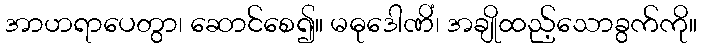
အာဟရာပေတွာ၊ ဆောင်စေ၍။ မဓုဒေါဏိံ၊ အချိုထည့်သောခွက်ကို။